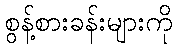
စွန့်စားခန်းများကို